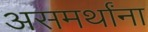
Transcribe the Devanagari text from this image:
असमर्थांना